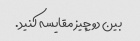
بین دو چیز مقایسه کنید.